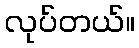
လုပ်တယ်။